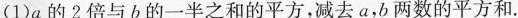
(1)a的2倍与b的一半之和的平方，减去a，b两数的平方和.